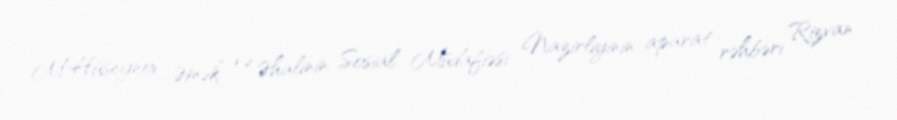
M.Hüseynov Əmək və Əhalinin Sosial Müdafiəsi Nazirliyinin aparat rəhbəri Rizvan